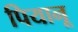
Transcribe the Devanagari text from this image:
पियानू